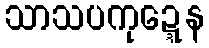
သာသပကုဍ္ဍေန